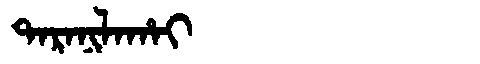
Manchu: ᡨᠠᡵᠠᠨᡳᠯᠠᡥᠠᡳ
Romanization: TARANILAHAI